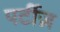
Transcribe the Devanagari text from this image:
पर्टीज़